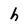
Character: h